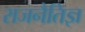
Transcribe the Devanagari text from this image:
राजनैतिज्ञ